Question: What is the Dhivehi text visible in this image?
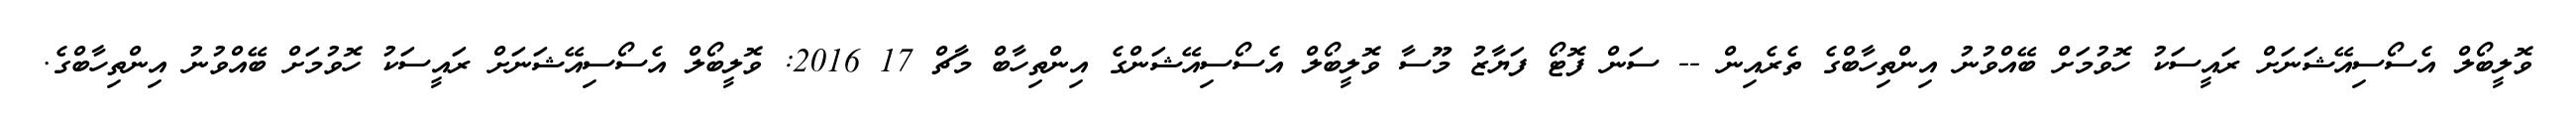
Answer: ވޮލީބޯލް އެސޯސިއޭޝަނަށް ރައީސަކު ހޮވުމަށް ބޭއްވުނު އިންތިހާބްގެ ތެރެއިން -- ސަން ފޮޓޯ ފަޔާޒު މޫސާ ވޮލީބޯލް އެސޯސިއޭޝަންގެ އިންތިހާބް މާޗް 17 2016: ވޮލީބޯލް އެސޯސިއޭޝަނަށް ރައީސަކު ހޮވުމަށް ބޭއްވުނު އިންތިހާބްގެ.